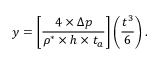
y = \left[ { \frac { 4 \times \Delta p } { \rho ^ { * } \times h \times t _ { a } } } \right] \left( \frac { t ^ { 3 } } { 6 } \right) .